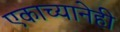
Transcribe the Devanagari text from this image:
एकाच्यानेही